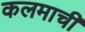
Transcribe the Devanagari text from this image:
कलमाची